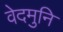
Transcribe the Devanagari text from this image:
वेदमुनि